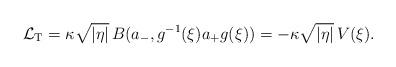
LaTeX: \begin{align*}\mathcal L_{\mathrm T} = \kappa \sqrt{|\eta|} \, B(a_-, g^{-1}(\xi)a_+ g(\xi)) = - \kappa \sqrt{|\eta|} \, V(\xi).\end{align*}